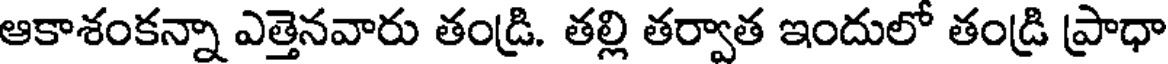
ఆకాశంకన్నా ఎత్తెనవారు తండ్రి. తల్లి తర్వాత ఇందులో తండ్రి ప్రాధా